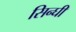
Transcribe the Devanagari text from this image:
सिन्घी